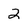
Character: 2